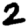
Digit: 2